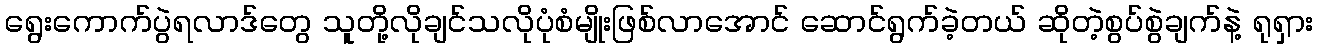
ရွေးကောက်ပွဲရလာဒ်တွေ သူတို့လိုချင်သလိုပုံစံမျိုးဖြစ်လာအောင် ဆောင်ရွက်ခဲ့တယ် ဆိုတဲ့စွပ်စွဲချက်နဲ့ ရုရှား